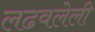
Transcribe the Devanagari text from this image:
लढवलेली